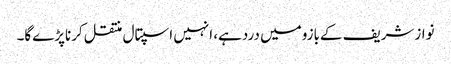
نوازشریف کےبازومیں دردہے، انہیں اسپتال منتقل کرناپڑےگا۔